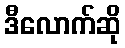
ဒီလောက်ဆို